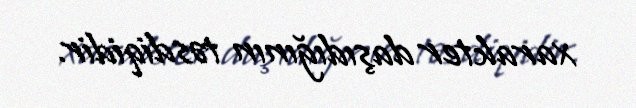
xarakter daşıdığının təsdiqidir.